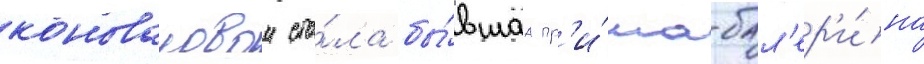
коноваловои ста́ла бы́вшаа пр'и́ма-бал'ер'и́на